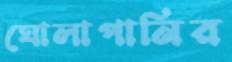
ঘোলাপানির